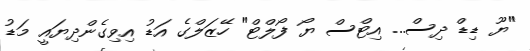
"ޔޫ ޑިޑް ދިސް... އިޓްސް ޔޯ ފޯލްޓް" ހޭޒަލްގެ އަޑު އިވިގެންދިޔައީ މަޑު